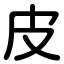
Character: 皮